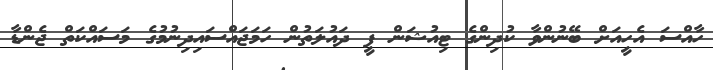
ހާއްސަ އެހީއަށް ބޭނުންވާ ކުދިންގެ ޓިއުޝަން ފީ ދައުލަތުން ހަމަޖައްސައިދިނުމުގެ މަސައްކަތް ޖެންޑާ